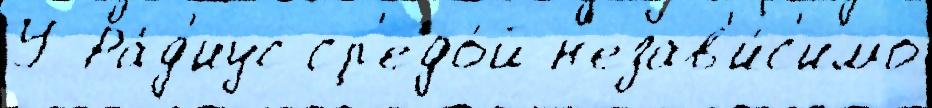
У Ра́д'иус ср'едо́й н'езав'и́с'имо